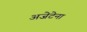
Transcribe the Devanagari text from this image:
अजेटेना